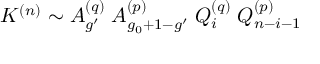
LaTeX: K ^ { ( n ) } \sim A _ { g ^ { \prime } } ^ { ( q ) } \; A _ { g _ { 0 } + 1 - g ^ { \prime } } ^ { ( p ) } \; Q _ { i } ^ { ( q ) } \; Q _ { n - i - 1 } ^ { ( p ) }